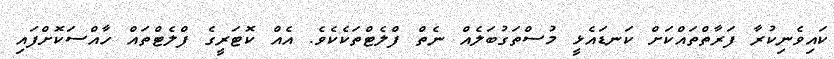
ކައިވެނިކުރާ ފަރާތްތައްކަށް ކަނޑައެޅީ މުސްތަގުބަލެއް ނެތް ފްލެޓްތަކެކެވެ. އެއް ކޮޓަރީގެ ފްލެޓްތައް ހާއްސަކޮށްފައި